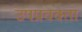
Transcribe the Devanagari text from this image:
उपप्रवक्ता